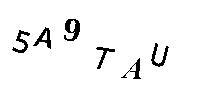
5A9TAU